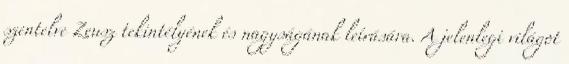
szentelve Zeusz tekintélyének és nagyságának leírására. A jelenlegi világot